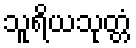
သူရိယသုတ္တံ